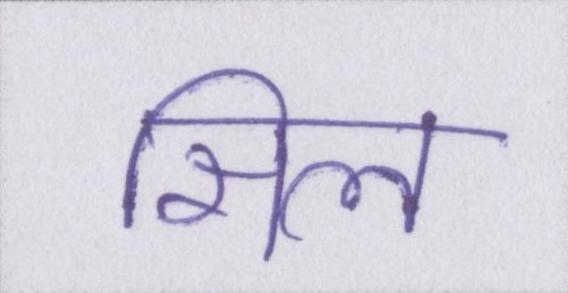
सिल